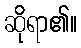
ဆိုရာ၏။